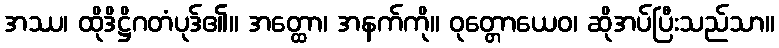
အဿ၊ ထိုဒိဋ္ဌိဂတံပုဒ်၏။ အတ္ထော၊ အနက်ကို။ ဝုတ္တောယေဝ၊ ဆိုအပ်ပြီးသည်သာ။